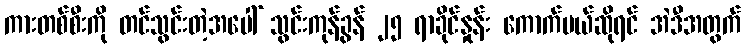
ကားတစ်စီးကို တင်သွင်းတဲ့အပေါ် သွင်းကုန်ခွန် ၂၅ ရာခိုင်နှုန်း ကောက်မယ်ဆိုရင် အဲဒီအတွက်